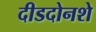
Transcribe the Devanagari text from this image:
दीडदोनशे